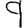
Digit: 9